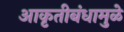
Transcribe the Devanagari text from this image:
आकृतीबंधामुळे